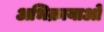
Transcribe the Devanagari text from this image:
अभिक्रायाओं